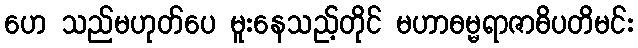
ဟေ သည်မဟုတ်ပေ မူးနေသည့်တိုင် မဟာဓမ္မရာဇာဓိပတိမင်း